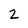
Character: 2